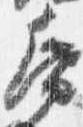
帋